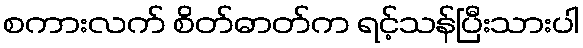
စကားလက် စိတ်ဓာတ်က ရင့်သန်ပြီးသားပါ